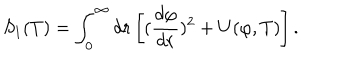
LaTeX: S _ { 1 } ( T ) = \int _ { 0 } ^ { \infty } d r \left[ ( { \frac { d \varphi } { d r } } ) ^ { 2 } + U ( \varphi , T ) \right] .